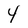
Character: 4